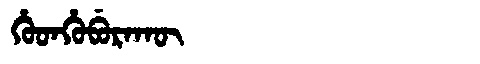
Manchu: ᡥᡠᡨᡥᡠᠪᡠᡵᠠᡴᡡ
Romanization: HUTHUBURAKŪ